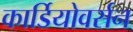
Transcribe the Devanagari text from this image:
कार्डियोवर्सन